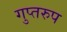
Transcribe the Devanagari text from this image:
गुप्तरुप